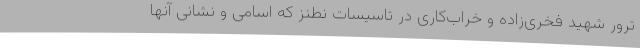
ترور شهید فخری‌زاده و خراب‌کاری در تاسیسات نطنز که اسامی و نشانی آنها